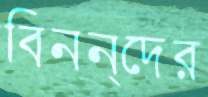
বিনন্দের